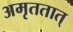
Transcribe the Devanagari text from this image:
अमृततात्